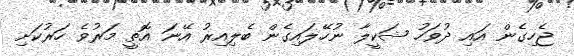
ޖެހިގެން އައި ދުވަހު ޝަކީލާ ނުހޭލައިގެން ބެލިއިރު އޭނަ އޮތީ މަރުވެ ހަރުކަށި